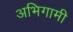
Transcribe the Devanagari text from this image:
अभिगामी